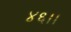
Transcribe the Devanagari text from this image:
४६।।